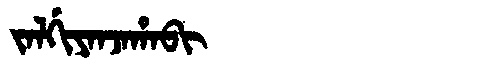
Manchu: ᠵᠠᠯᡤᡳᠶᠠᠨᠵᠠᡥᠠᠪᡳ
Romanization: JALGIYANJAHABI